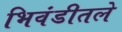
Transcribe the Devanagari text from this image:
भिवंडीतले